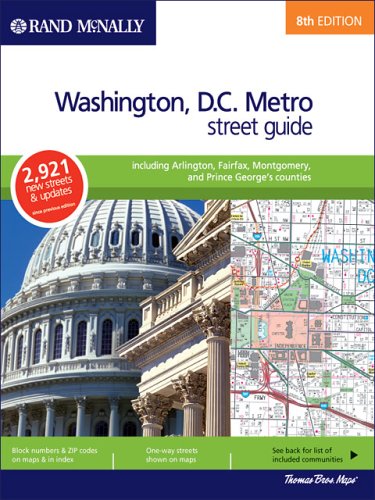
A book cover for Rand McNally 8th Edition Washington, D.C. Metro street guide including Arlington, Fairfax, Montgomery, and Prince George's counties; Rand McNally; Travel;